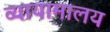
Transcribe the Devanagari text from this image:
व्यायामालय